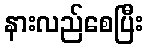
နားလည်စေပြီး